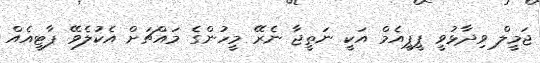
ޖަމީލް ވިދާޅުވީ ޕީޕީއެމް އަކީ ނަތީޖާ ނެރޭ މީހުންގެ މައްޗަށް އެކުލެވޭ ޕާޓީއެއް